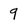
Character: 9